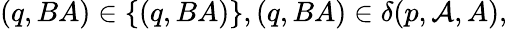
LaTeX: (q,BA)\in\{ (q,BA)\} ,(q,BA)\in\delta(p,\mathcal{A},A),